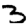
Digit: 3